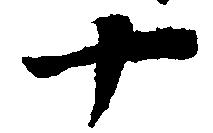
十